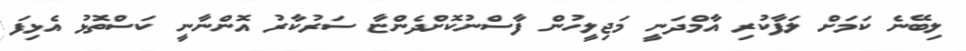
ލިބޭނެ ކަމަށް ލަފާކުރި އާމްދަނީ މަޖިލީހުން ފާސްނުކޮށްދެންޏާ ސަރުކާރު އޮންނާނީ ކަސްތޮޅު އެޅިފަ